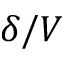
\delta / V